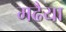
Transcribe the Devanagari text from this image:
मढैया